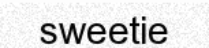
sweetie